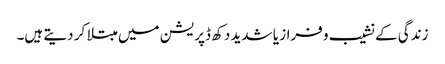
زندگی کے نشیب و فراز یا شدید دکھ ڈپریشن میں مبتلا کر دیتے ہیں۔